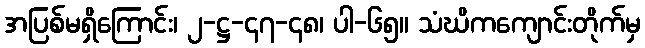
အပြစ်မရှိကြောင်း၊ ၂-ဋ္ဌ-၄၇-၄၈၊ ပါ-၆၅။ သံဃိကကျောင်းတိုက်မှ